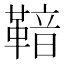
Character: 𮧡